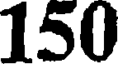
150